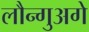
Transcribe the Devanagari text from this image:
लौन्गुअगे